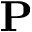
\mathbf { P }